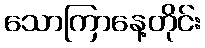
သောကြာနေ့တိုင်း